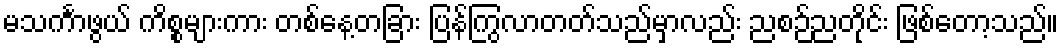
မသင်္ကာဖွယ် ကိစ္စများကား တစ်နေ့တခြား ပြန်ကြွလာတတ်သည်မှာလည်း ညစဉ်ညတိုင်း ဖြစ်တော့သည်။